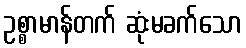
ဥစ္စာမာန်တက် ဆုံးမခက်သော